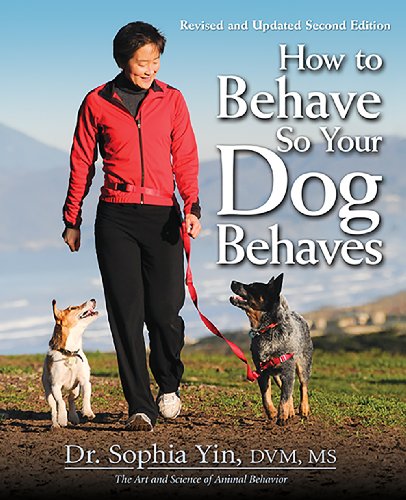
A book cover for How to Behave So Your Dog Behaves; Dr. Sophia Yin DVM MS; Crafts, Hobbies & Home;